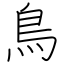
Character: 鳥